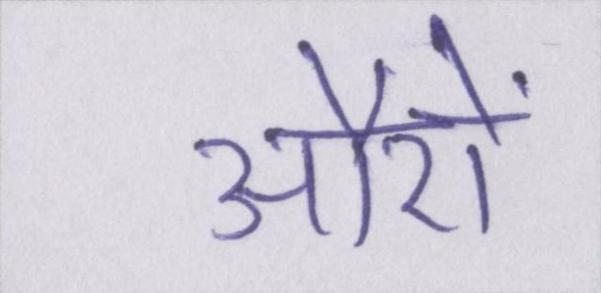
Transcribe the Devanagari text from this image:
औरों